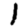
Digit: 1